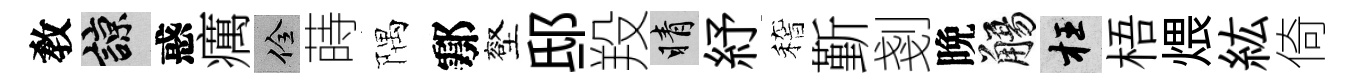
敎諒惑癘佺蒔隅鄠壑邸羖睛紓稽斳剗晩觴枉梧煨紘倚